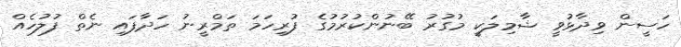
ހަސީން ވިދާޅުވީ ޝާމިލަކީ މުގުރު ބޭނުންކުރުމުގެ ފުރިހަމަ ތަމްރީނު ހަދާފައި ނެތް ފުލުހެއް